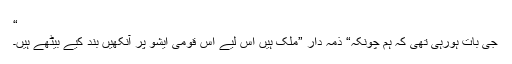
“
جی بات ہورہی تھی کہ ہم چونکہ“ ذمہ دار ”ملک ہیں اس لیے اس قومی ایشو پر آنکھیں بند کیے بیٹھے ہیں۔